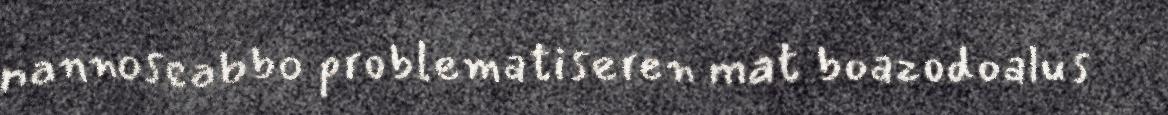
nannoseabbo problematiseren mat boazodoalus